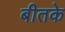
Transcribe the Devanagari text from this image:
बीतके